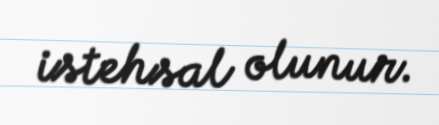
istehsal olunur.